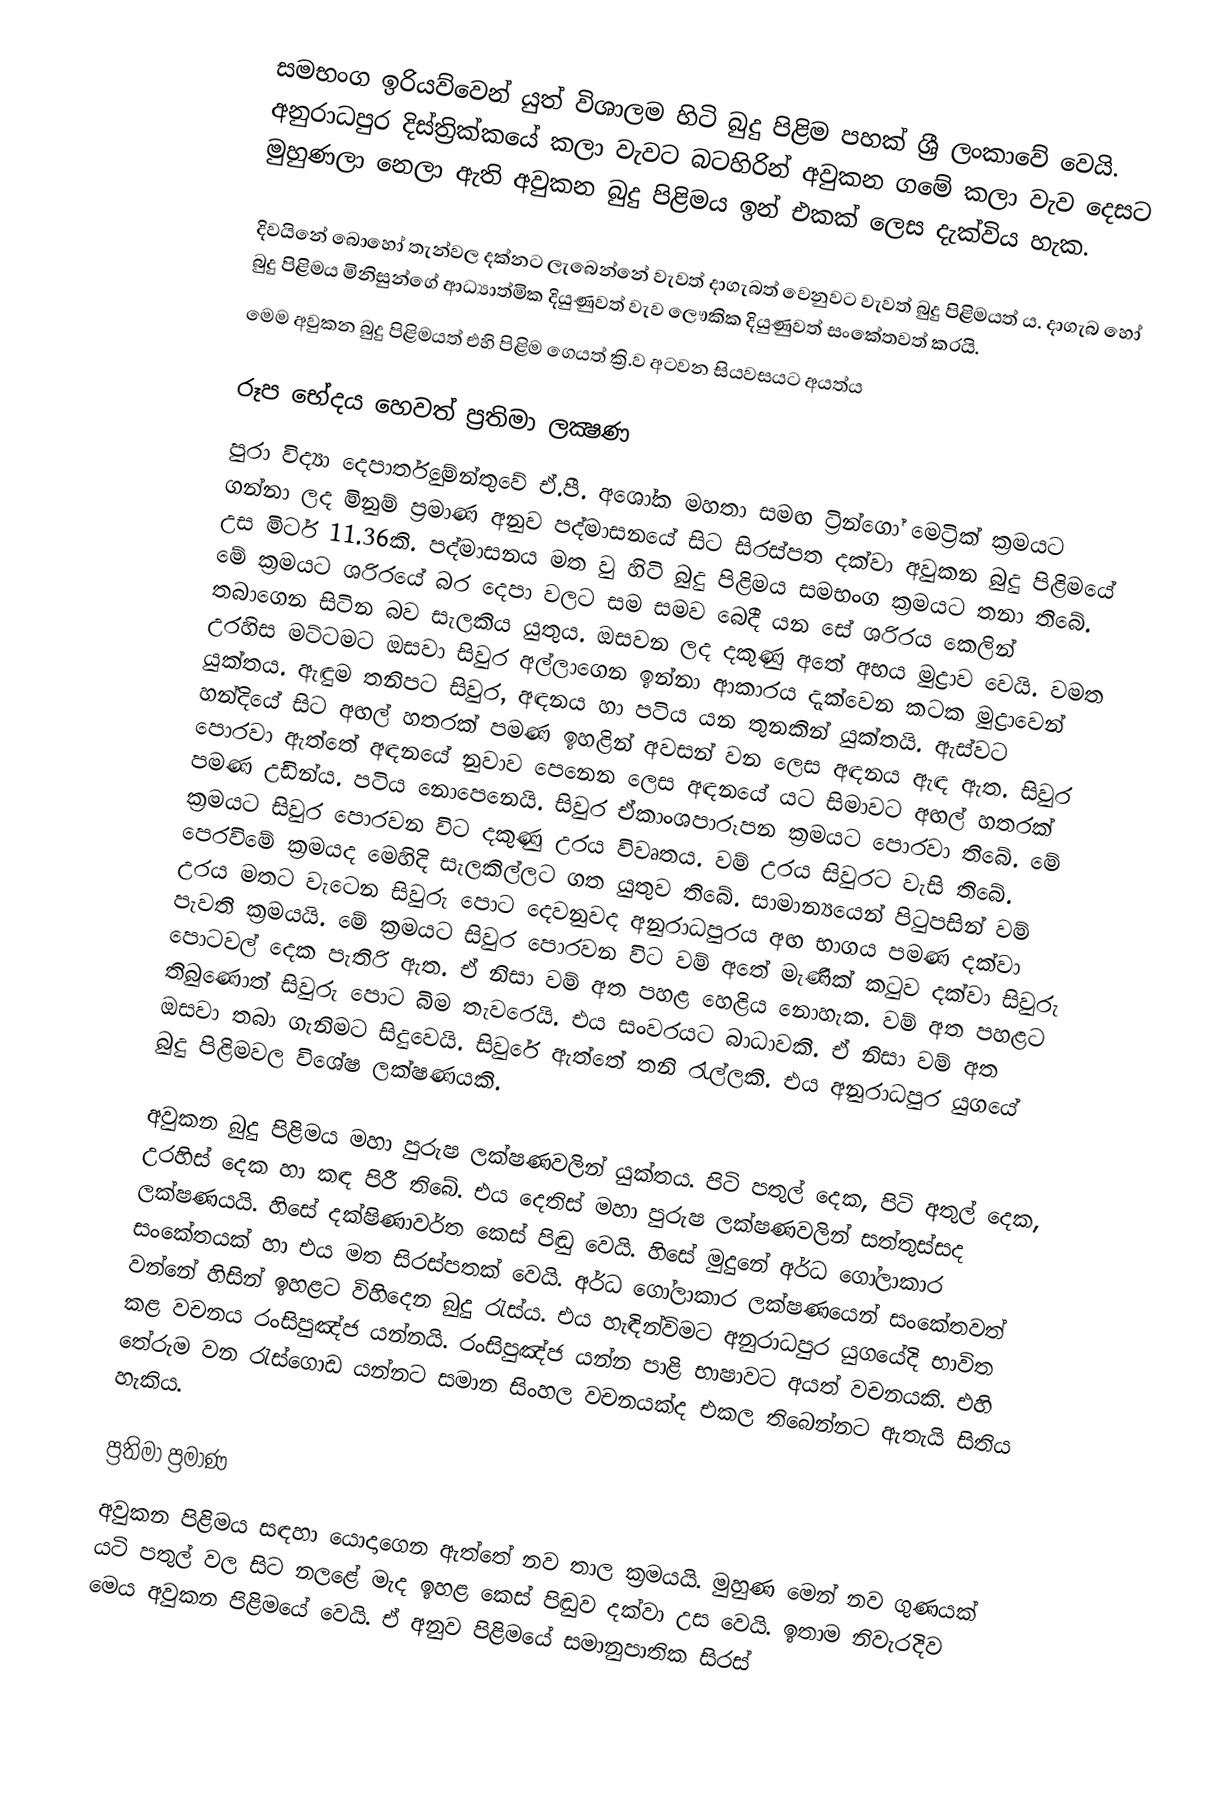
සමභංග ඉරියව්වෙන් යුත් විශාලම හිටි බුදු පිළිම පහක් ශ්‍රී ලංකා‍‍‍‍‍‍වේ වෙයි. අනුරාධපුර දිස්ත්‍රික්කයේ කලා වැවට බටහිරින් අවුකන ග‍‍‍මේ කලා වැව දෙසට මුහුණලා නෙලා ඇති අවුකන බුදු පිළිමය ඉන් එකක් ලෙස  දැක්විය හැක.

දිවයිනේ බොහෝ තැන්වල දක්නට ලැබෙන්නේ වැවත් දාගැබත් වෙනුවට වැවත් බුදු පිළිමයත් ය. දාගැබ හෝ බුදු පිළිමය මිනිසුන්ගේ ආධ්‍යාත්මික දියුණුවත් වැව ‍ලෞකික දියුණුවත් සංකේතවත් කරයි.
මෙම අවුකන බුදු පිළිමයත් එහි පිළිම ගෙයත් ක්‍රි.ව අටවන සියවසයට අයත්ය

රූප භේදය හෙවත් ප්‍රතිමා ලක්‍ෂණ
පුරා විද්‍යා දෙපාර්තුමේන්තුවේ ඒ.පී. අශෝක මහතා සමඟ ට්‍රින්ගෝ මෙට්‍රික් ක්‍රමයට ගන්නා ලද මිනුම් ප්‍රමාණ අනුව පද්මාසනයේ සිට සිරස්පත දක්වා අවුකන බුදු පිළිමයේ උස මිටර් 11.36කි. පද්මාසනය මත වු හිටි බුදු පිළිමය සමභංග ක්‍රමයට තනා තිබේ. මේ ක්‍රමයට ශරිරයේ බර දෙපා වලට සම සමව බෙදී යන සේ ශරිරය කෙලින් තබාගෙන සිටින බව සැලකිය යුතුය. ඔසවන ලද දකුණු අතේ අභය මුද්‍රාව වෙයි. වමත උරහිස මට්ටමට ඔසවා සිවුර අල්ලාගෙන ඉන්නා ආකාරය දැක්වෙන කටක මුද්‍රාවෙන් යුක්තය. ඇඳුම තනිපට සිවුර, අඳනය හා පටිය යන තුනකින් යුක්තයි. ඇස්වට හන්දියේ සිට අඟල් හතරක් පමණ ඉහළින් අවසන් වන ලෙස අඳනය ඇඳ ඇත. සිවුර පොරවා ඇත්තේ  අඳනයේ නුවාව පෙනෙන ලෙස අඳනයේ යට සිමාවට අඟල් හතරක් පමණ උඩින්ය. පටිය නොපෙනෙයි. සිවුර ඒකාංශපාරූපන ක්‍රමයට පොරවා තිබේ. මේ ක්‍රමයට  සිවුර පොරවන විට දකුණු උරය විවෘතය. වම් උරය සිවුරට වැසි තිබේ. පෙරවිමේ ක්‍රමයද මෙහිදි සැලකිල්ලට ගත යුතුව ති‍බේ. සාමාන්‍යයෙන් පිටුපසින් වම් උරය මතට වැටෙන සිවුරු පොට දෙවනුවද අනුරාධපුරය අඟ භාගය පමණ දක්වා පැවති ක්‍රමයයි. මේ ක්‍රමයට සිවුර පොරවන විට වම් අතේ මැණික් කටුව දක්වා සිවුරු පොටවල් දෙක පැතිරි ඇත. ඒ නිසා වම් අත පහළ හෙළිය නොහැක. වම් අත පහළට තිබුණොත් සිවුරු පොට බිම තැවරෙයි. එය සංවරයට බාධාවකි. ඒ නිසා වම් අත ඔසවා තබා ගැනිමට සිදුවෙයි. සිවුරේ ඇත්තේ තනි රැල්ලකි. එය අනුරාධපුර යුගයේ බුදු පිළිමවල විශේෂ ලක්ෂණයකි.

අවුකන බුදු පිළිමය මහා පුරුෂ ලක්ෂණවලින් යුක්තය. පිටි පතුල් දෙක, පිටි අතුල් දෙක, උරහිස් දෙක හා කඳ පිරී තිබේ. එය දෙතිස් මහා  පුරුෂ ලක්ෂණවලින් සත්තුස්සද ලක්ෂණයයි‍. හිසේ දක්ෂිණාවර්ත කෙස් පිඬු වෙයි. හිසේ මුදුනේ අර්ධ ගෝලාකාර සංකේතයක් හා එය මත සිරස්පතක් වෙයි. අර්ධ ගෝලාකාර ලක්ෂණයෙන් සංකේතවත් වන්නේ හිසින් ඉහළට විහිදෙන බුදු රැස්ය. එය හැඳින්විමට අනුරාධපුර යුගයේදි භාවිත කළ වචනය රංසිපුඤ්ජ යන්නයි. රංසිපුඤ්ජ යන්න පාළි භාෂාවට අයත් වචනයකි. එහි තේරුම වන රැස්ගොඩ යන්නට සමාන සිංහල වචනයක්ද එකල තිබෙන්නට ඇතැයි සිතිය හැකිය.

ප්‍රතිමා ප්‍රමාණ
අවුකන  පිළිමය සඳහා යොදාගෙන ඇත්තේ නව තාල ක්‍රමයයි. මුහුණ මෙන් නව ගුණයක් යටි පතුල් වල සිට නලළේ මැද ඉහළ කෙස් පිඬුව දක්වා උස වෙයි. ඉතාම නිවැරදිව මෙය අවුකන පිළිම‍යේ වෙයි. ඒ අනුව පිළිමයේ සමානුපාතික සිරස්